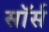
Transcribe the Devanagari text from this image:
सॉर्स